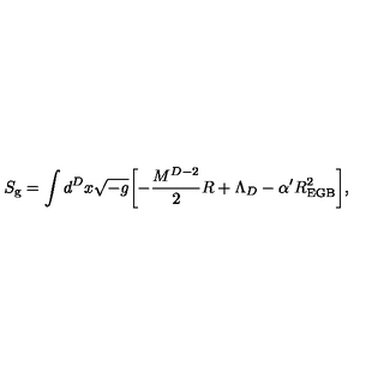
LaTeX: S _ { \mathrm { g } } = \int d ^ { D } x \sqrt { - g } \biggl [ - \frac { M ^ { D - 2 } } { 2 } R + \Lambda _ { D } - \alpha ^ { \prime } R _ { \mathrm { E G B } } ^ { 2 } \biggr ] ,